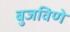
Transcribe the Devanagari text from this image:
बुजविणे